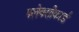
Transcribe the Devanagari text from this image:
फ्लेक्सीकार्ड